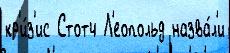
кр'и́з'ис Стотч Л'еопольд назва́л'и